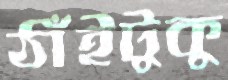
ঠাঁইটুকু